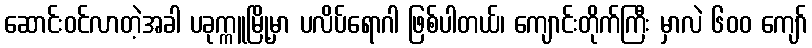
ဆောင်းဝင်လာတဲ့အခါ ပခုက္ကူမြို့မှာ ပလိပ်ရောဂါ ဖြစ်ပါတယ်၊ ကျောင်းတိုက်ကြီး မှာလဲ ၆၀၀ ကျော်